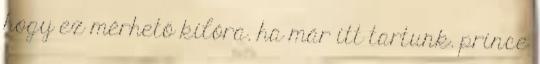
hogy ez mérhető kilóra. ha már itt tartunk. prince